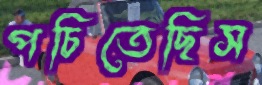
পচিতেছিস